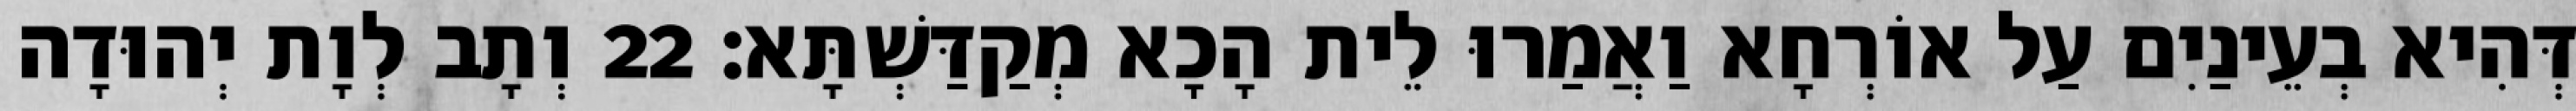
דְּהִיא בְעֵינַיִם עַל אוֹרְחָא וַאֲמַרוּ לֵית הָכָא מְקַדַּשְׁתָּא׃ 22 וְתָב לְוָת יְהוּדָה